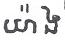
យ៉ាង